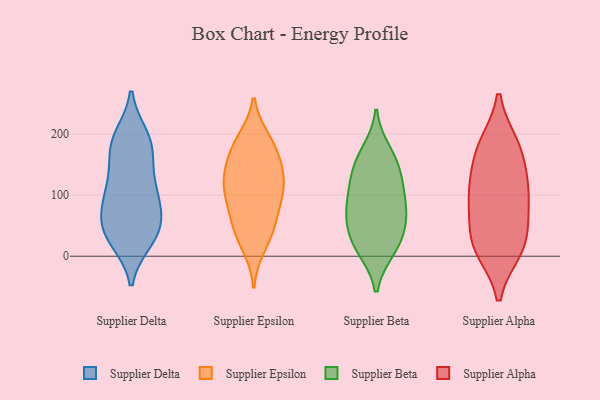
{"axis": {"x": "Temperature (°C)", "y": "Value"}, "legend": ["Supplier Alpha", "Supplier Beta", "Supplier Delta", "Supplier Epsilon"], "data": [{"x": "", "y": 34, "type": "Supplier Delta"}, {"x": "", "y": 127, "type": "Supplier Delta"}, {"x": "", "y": 122, "type": "Supplier Delta"}, {"x": "", "y": 49, "type": "Supplier Delta"}, {"x": "", "y": 105, "type": "Supplier Delta"}, {"x": "", "y": 42, "type": "Supplier Delta"}, {"x": "", "y": 179, "type": "Supplier Delta"}, {"x": "", "y": 26, "type": "Supplier Delta"}, {"x": "", "y": 182, "type": "Supplier Delta"}, {"x": "", "y": 81, "type": "Supplier Delta"}, {"x": "", "y": 80, "type": "Supplier Delta"}, {"x": "", "y": 57, "type": "Supplier Delta"}, {"x": "", "y": 196, "type": "Supplier Delta"}, {"x": "", "y": 194, "type": "Supplier Delta"}, {"x": "", "y": 96, "type": "Supplier Delta"}, {"x": "", "y": 166, "type": "Supplier Delta"}, {"x": "", "y": 28, "type": "Supplier Delta"}, {"x": "", "y": 172, "type": "Supplier Epsilon"}, {"x": "", "y": 106, "type": "Supplier Epsilon"}, {"x": "", "y": 132, "type": "Supplier Epsilon"}, {"x": "", "y": 190, "type": "Supplier Epsilon"}, {"x": "", "y": 16, "type": "Supplier Epsilon"}, {"x": "", "y": 124, "type": "Supplier Epsilon"}, {"x": "", "y": 147, "type": "Supplier Epsilon"}, {"x": "", "y": 124, "type": "Supplier Epsilon"}, {"x": "", "y": 40, "type": "Supplier Epsilon"}, {"x": "", "y": 95, "type": "Supplier Epsilon"}, {"x": "", "y": 64, "type": "Supplier Epsilon"}, {"x": "", "y": 103, "type": "Supplier Epsilon"}, {"x": "", "y": 37, "type": "Supplier Epsilon"}, {"x": "", "y": 168, "type": "Supplier Epsilon"}, {"x": "", "y": 67, "type": "Supplier Epsilon"}, {"x": "", "y": 191, "type": "Supplier Epsilon"}, {"x": "", "y": 64, "type": "Supplier Beta"}, {"x": "", "y": 58, "type": "Supplier Beta"}, {"x": "", "y": 155, "type": "Supplier Beta"}, {"x": "", "y": 22, "type": "Supplier Beta"}, {"x": "", "y": 11, "type": "Supplier Beta"}, {"x": "", "y": 111, "type": "Supplier Beta"}, {"x": "", "y": 83, "type": "Supplier Beta"}, {"x": "", "y": 124, "type": "Supplier Beta"}, {"x": "", "y": 95, "type": "Supplier Beta"}, {"x": "", "y": 171, "type": "Supplier Beta"}, {"x": "", "y": 53, "type": "Supplier Beta"}, {"x": "", "y": 14, "type": "Supplier Beta"}, {"x": "", "y": 148, "type": "Supplier Beta"}, {"x": "", "y": 81, "type": "Supplier Alpha"}, {"x": "", "y": 14, "type": "Supplier Alpha"}, {"x": "", "y": 30, "type": "Supplier Alpha"}, {"x": "", "y": 181, "type": "Supplier Alpha"}, {"x": "", "y": 11, "type": "Supplier Alpha"}, {"x": "", "y": 75, "type": "Supplier Alpha"}, {"x": "", "y": 107, "type": "Supplier Alpha"}, {"x": "", "y": 128, "type": "Supplier Alpha"}, {"x": "", "y": 169, "type": "Supplier Alpha"}, {"x": "", "y": 110, "type": "Supplier Alpha"}, {"x": "", "y": 19, "type": "Supplier Alpha"}, {"x": "", "y": 182, "type": "Supplier Alpha"}]}